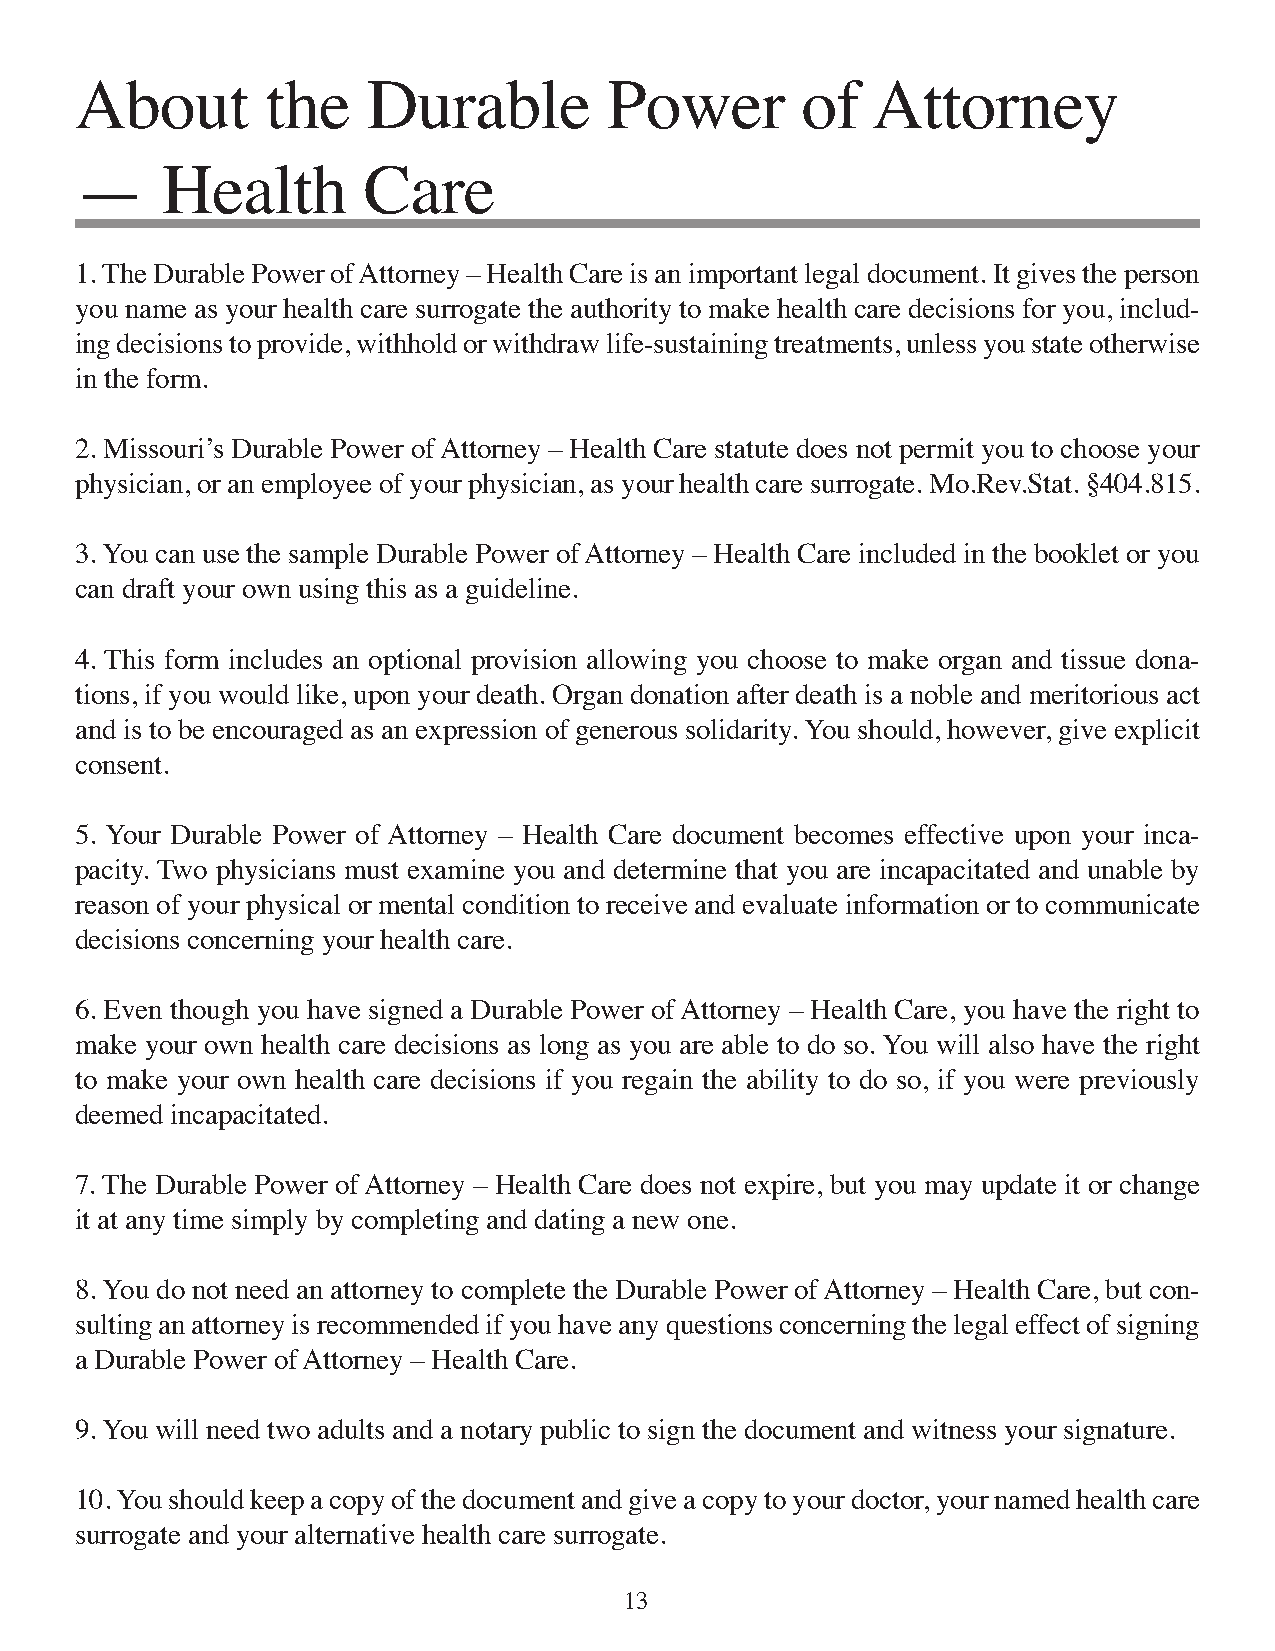
About        the   Durable         Power        of   Attorney
 —     Health       Care
 1. The Durable Power of Attorney – Health Care is an important legal document. It gives the person
 you name as your health care surrogate the authority to make health care decisions for you, includ-
 ing decisions to provide, withhold or withdraw life-sustaining treatments, unless you state otherwise
 in the form.
 2. Missouri’s Durable Power of Attorney – Health Care statute does not permit you to choose your
 physician, or an employee of your physician, as your health care surrogate. Mo.Rev.Stat. §404.815.
 3. You can use the sample Durable Power of Attorney – Health Care included in the booklet or you
 can draft your own using this as a guideline.
 4. This form includes an optional provision allowing you choose to make organ and tissue dona-
 tions, if you would like, upon your death. Organ donation after death is a noble and meritorious act
 and is to be encouraged as an expression of generous solidarity. You should, however, give explicit
 consent.
 5. Your Durable Power of Attorney – Health Care document becomes effective upon your inca-
 pacity. Two physicians must examine you and determine that you are incapacitated and unable by
 reason of your physical or mental condition to receive and evaluate information or to communicate
 decisions concerning your health care.
 6. Even though you have signed a Durable Power of Attorney – Health Care, you have the right to
 make your own health care decisions as long as you are able to do so. You will also have the right
 to make your own health care decisions if you regain the ability to do so, if you were previously
 deemed incapacitated.
 7. The Durable Power of Attorney – Health Care does not expire, but you may update it or change
 it at any time simply by completing and dating a new one.
 8. You do not need an attorney to complete the Durable Power of Attorney – Health Care, but con-
 sulting an attorney is recommended if you have any questions concerning the legal effect of signing
 a Durable Power of Attorney – Health Care.
 9. You will need two adults and a notary public to sign the document and witness your signature.
 10. You should keep a copy of the document and give a copy to your doctor, your named health care
 surrogate and your alternative health care surrogate.
 13